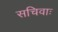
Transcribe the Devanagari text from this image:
सचिवाः